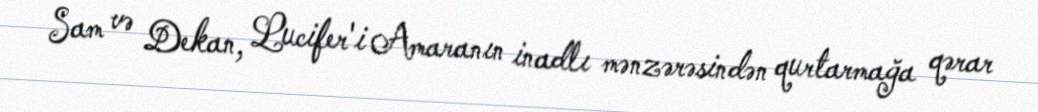
Sam və Dekan, Lucifer'i Amaranın inadlı mənzərəsindən qurtarmağa qərar